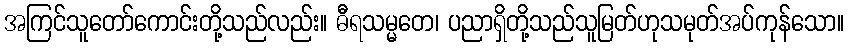
အကြင်သူတော်ကောင်းတို့သည်လည်း။ ဓီရသမ္မတေ၊ ပညာရှိတို့သည်သူမြတ်ဟုသမုတ်အပ်ကုန်သော။